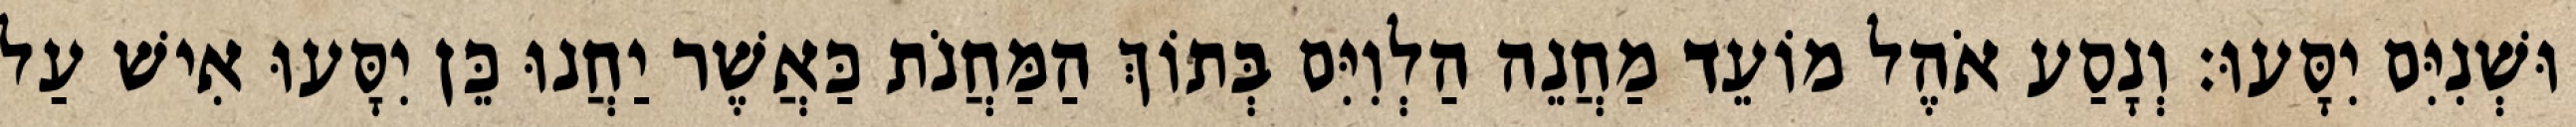
וּשְׁנִיִּם יִסָּעוּ׃ וְנָסַע אֹהֶל מוֹעֵד מַחֲנֵה הַלְוִיִּם בְּתוֹךְ הַמַּחֲנֹת כַּאֲשֶׁר יַחֲנוּ כֵּן יִסָּעוּ אִישׁ עַל